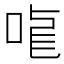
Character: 𠳧